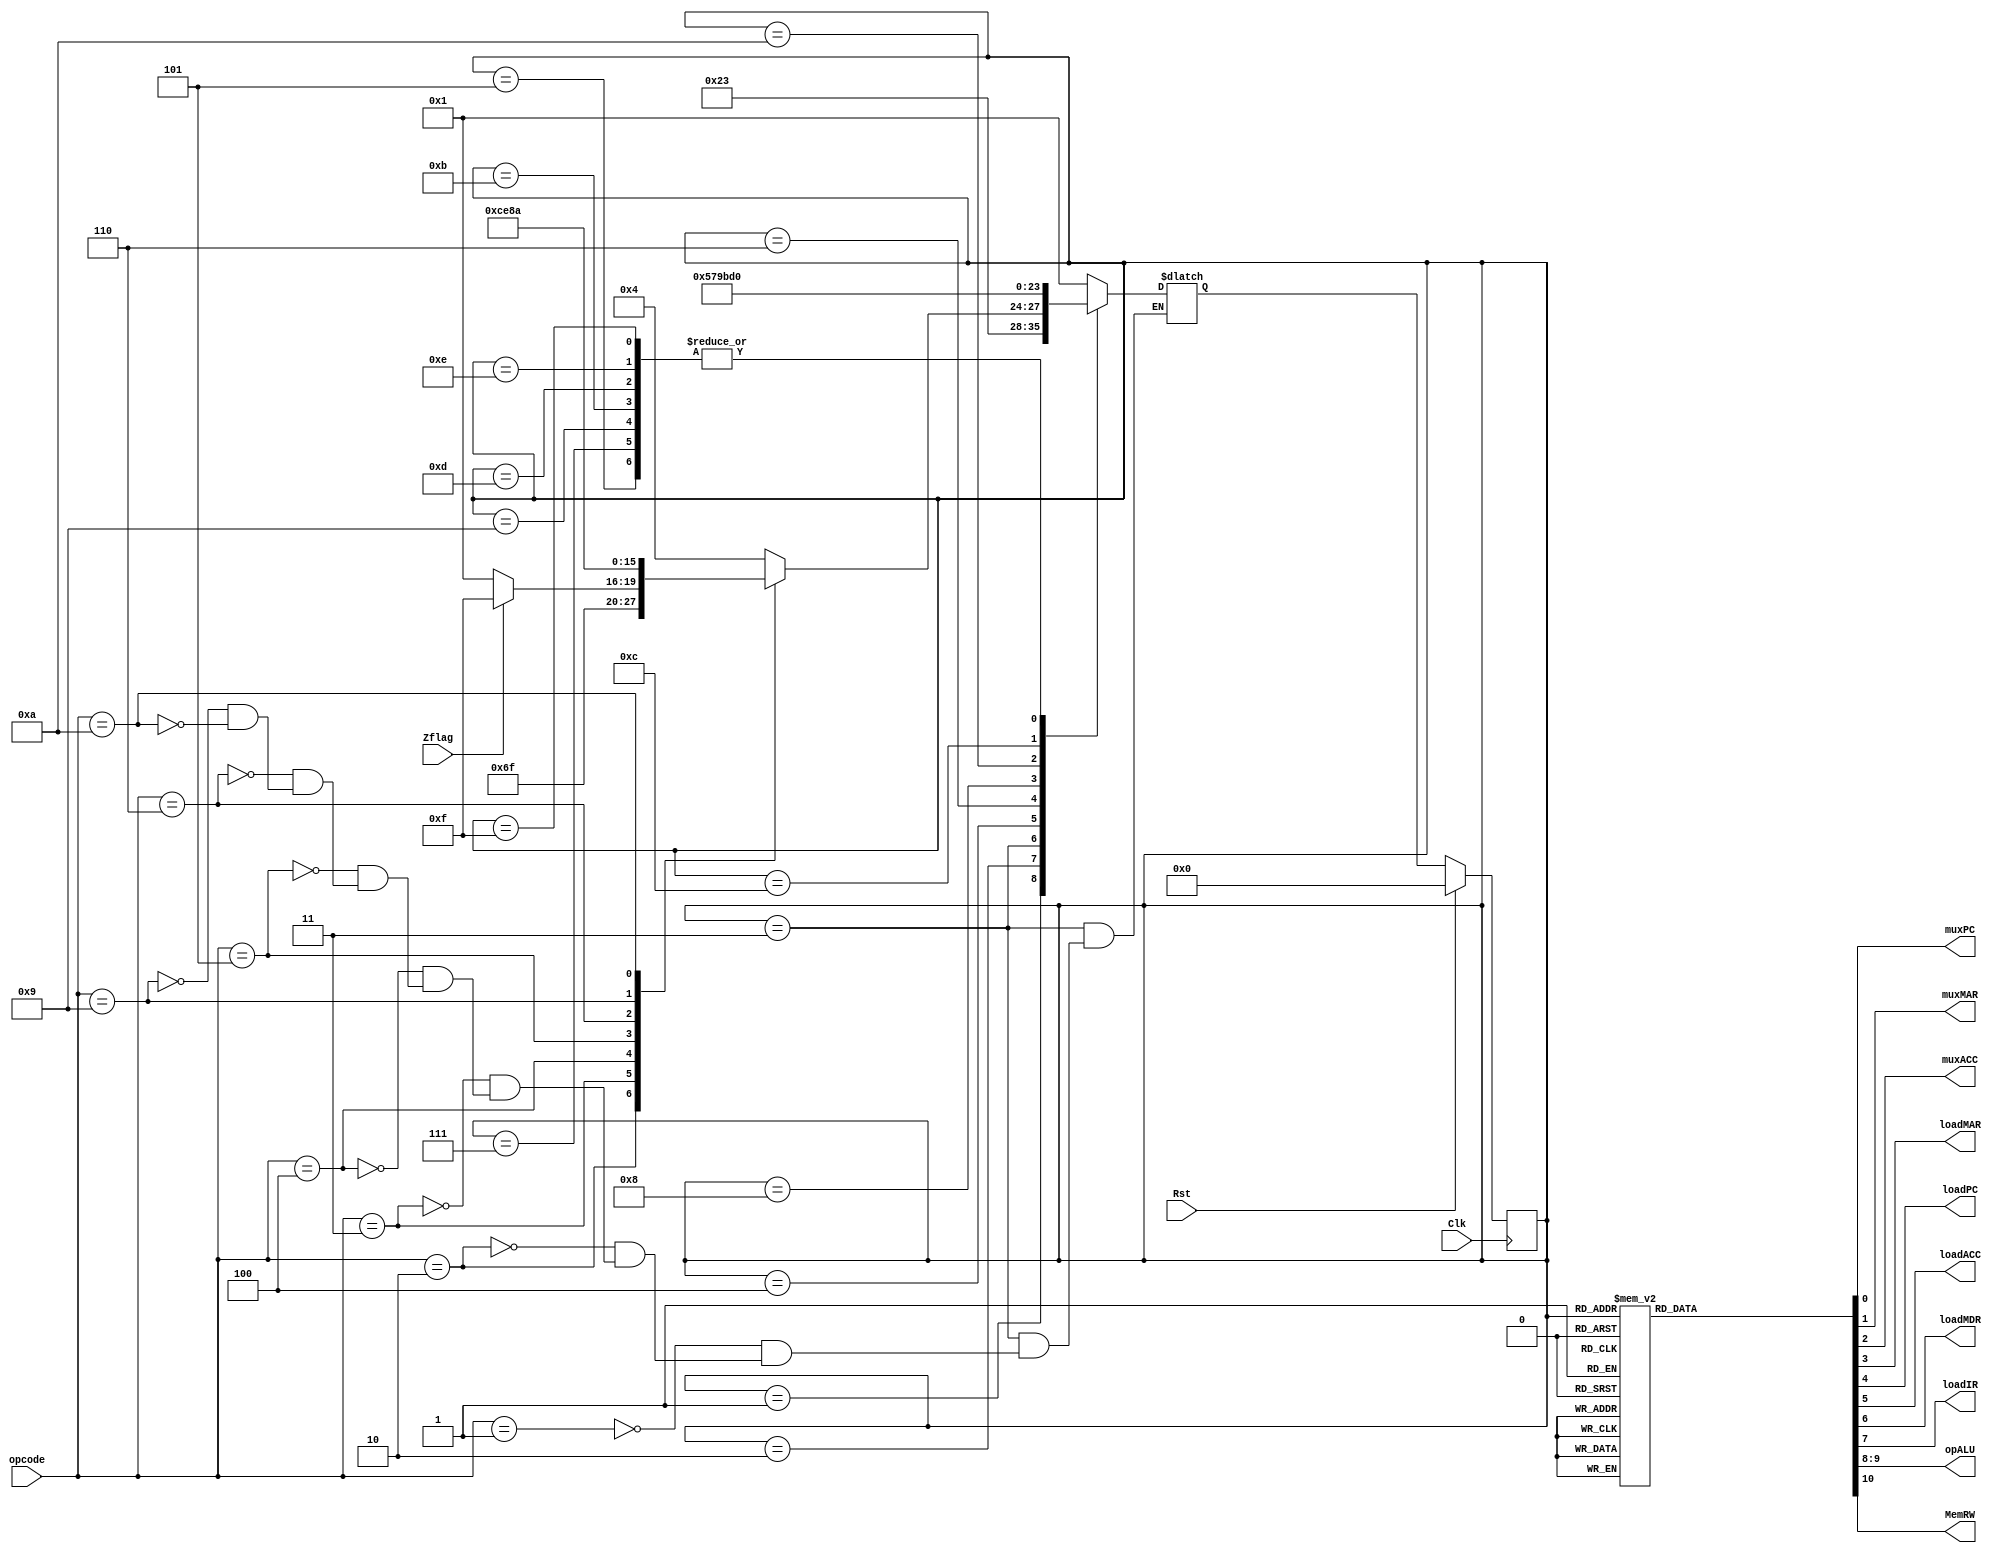
module ctr(Clk, Rst, Zflag, opcode, muxPC, muxMAR, muxACC, loadMAR, loadPC, loadACC, loadMDR, loadIR, opALU, MemRW);

input Clk;
input Rst;
input Zflag;
input [7:0]opcode;

output reg muxPC;
output reg muxMAR;
output reg muxACC;
output reg loadMAR;
output reg loadPC;
output reg loadACC;
output reg loadMDR;
output reg loadIR;
output reg [1:0]opALU;
output reg MemRW;


reg [3:0] cur_state;
reg [3:0] next_state;

parameter op_add=8'b001;
parameter op_or= 8'b010;
parameter op_jump=8'b011;
parameter op_jumpz=8'b100;
parameter op_load=8'b101;
parameter op_store=8'b110;
parameter op_mull=8'b1001;
parameter op_neg=8'b1010;


always @(posedge Clk)
begin
	if(Rst)
		begin
		cur_state = 4'b0000;
		end
	else
		begin
		cur_state = next_state;
		end
end





always@(*) //change if errors persist
begin
	case(cur_state)
	4'b0000:			//Fetch 1
		next_state = 4'b0001;
	4'b0001:			//Fetch 2
		next_state = 4'b0010;
	4'b0010:			//Fetch 3
		next_state = 4'b0011;
	4'b0011:			//Decode
		begin
		case(opcode)
		op_add:
			next_state = 4'b0100;
		op_or:
			next_state = 4'b0110;
		op_jump:
			next_state = 4'b1111;
		op_jumpz:
			begin
			if(Zflag)
				begin
				next_state = 4'b1111;
				end
			else
				begin
				next_state = 4'b0001;
				end
			end
		op_load:
			next_state = 4'b1100;
		op_store:
			next_state = 4'b1110;
		op_mull:
			next_state = 4'b1000;
		op_neg:
			next_state = 4'b1010;
		endcase
		end
		
	4'b0100:			//ExecADD 1
		next_state = 4'b0101;
	4'b0101:			//ExecADD 2
		next_state = 4'b0000;
	4'b0110:			//ExecOR 1
		next_state = 4'b0111;
	4'b0111:			//ExecOR 2
		next_state = 4'b0000;
	4'b1000:			//ExecMULL 1
		next_state = 4'b1001;
	4'b1001:			//ExecMULL 2
		next_state = 4'b0000;
	4'b1010:			//ExecNEG 1
		next_state = 4'b1011;
	4'b1011:			//ExecNEG 2
		next_state = 4'b0000;
	4'b1100:			//ExecLoad 1
		next_state = 4'b1101;
	4'b1101:			//ExecLoad 2
		next_state = 4'b0000;
	4'b1110:			//ExecStore
		next_state = 4'b0000;
	4'b1111:			//ExecJump
		next_state = 4'b0000;
	endcase
end


always@(cur_state)
begin

muxPC = 0; 
muxMAR = 0; 
muxACC = 0; 
loadMAR = 0; 
loadPC = 0; 
loadACC = 0; 
loadMDR = 0; 
loadIR = 0; 
opALU = 0; 
MemRW = 0; 

case(cur_state)
	4'b0000:		//Fetch 1
		begin
		muxPC = 0; 
		muxMAR = 0; 
		muxACC = 0; 
		loadMAR = 1; 
		loadPC = 1; 
		loadACC = 0; 
		loadMDR = 0; 
		loadIR = 0; 
		opALU = 0; 
		MemRW = 0; 
		end
	4'b0001:		//Fetch 2
		begin
		muxPC = 0; 
		muxMAR = 0; 
		muxACC = 0; 
		loadMAR = 0; 
		loadPC = 0; 
		loadACC = 0; 
		loadMDR = 1; 
		loadIR = 0; 
		opALU = 0; 
		MemRW = 0; 
		end
	4'b0010:		//Fetch 3
		begin
		muxPC = 0; 
		muxMAR = 0; 
		muxACC = 0; 
		loadMAR = 0; 
		loadPC = 0; 
		loadACC = 0; 
		loadMDR = 0; 
		loadIR = 1; 
		opALU = 0; 
		MemRW = 0; 
		end
	4'b0011:		//Decode
		begin
		muxPC = 0; 
		muxMAR = 1; 
		muxACC = 0; 
		loadMAR = 1; 
		loadPC = 0; 
		loadACC = 0; 
		loadMDR = 0; 
		loadIR = 0; 
		opALU = 0; 
		MemRW = 0; 
		end
	4'b0100:		//ExecADD 1
		begin
		muxPC = 0; 
		muxMAR = 0; 
		muxACC = 0; 
		loadMAR = 0; 
		loadPC = 0; 
		loadACC = 0; 
		loadMDR = 1; 
		loadIR = 0; 
		opALU = 0; 
		MemRW = 0; 
		end
	4'b0101:		//ExecADD 2
		begin
		muxPC = 0; 
		muxMAR = 0; 
		muxACC = 0; 
		loadMAR = 0; 
		loadPC = 0; 
		loadACC = 1; 
		loadMDR = 0; 
		loadIR = 0; 
		opALU = 1; 
		MemRW = 0; 
		end
	4'b0110:		//ExecOR 1
		begin
		muxPC = 0; 
		muxMAR = 0; 
		muxACC = 0; 
		loadMAR = 0; 
		loadPC = 0; 
		loadACC = 0; 
		loadMDR = 1; 
		loadIR = 0; 
		opALU = 0; 
		MemRW = 0; 
		end
	4'b0111:		//ExecOR 2
		begin
		muxPC = 0; 
		muxMAR = 0; 
		muxACC = 0; 
		loadMAR = 0; 
		loadPC = 0; 
		loadACC = 1; 
		loadMDR = 0; 
		loadIR = 0; 
		opALU = 0; 
		MemRW = 0; 
		end
	4'b1000:		//ExecMULL 1
		begin
		muxPC = 0; 
		muxMAR = 0; 
		muxACC = 0; 
		loadMAR = 0; 
		loadPC = 0; 
		loadACC = 0; 
		loadMDR = 1; 
		loadIR = 0; 
		opALU = 0; 
		MemRW = 0; 
		end
	4'b1001:		//ExecMULL 2
		begin
		muxPC = 0; 
		muxMAR = 0; 
		muxACC = 0; 
		loadMAR = 0; 
		loadPC = 0; 
		loadACC = 1; 
		loadMDR = 0; 
		loadIR = 0; 
		opALU = 2; 
		MemRW = 0; 
		end
	4'b1010:		//ExecNEG 1
		begin
		muxPC = 0; 
		muxMAR = 0; 
		muxACC = 0; 
		loadMAR = 0; 
		loadPC = 0; 
		loadACC = 0; 
		loadMDR = 1; 
		loadIR = 0; 
		opALU = 0; 
		MemRW = 0; 
		end
	4'b1011:		//ExecNEG 2
		begin
		muxPC = 0; 
		muxMAR = 0; 
		muxACC = 0; 
		loadMAR = 0; 
		loadPC = 0; 
		loadACC = 1; 
		loadMDR = 0; 
		loadIR = 0; 
		opALU = 3; 
		MemRW = 0; 
		end
	4'b1100:		//ExecLoad 1
		begin
		muxPC = 0; 
		muxMAR = 0; 
		muxACC = 0; 
		loadMAR = 0; 
		loadPC = 0; 
		loadACC = 0; 
		loadMDR = 1; 
		loadIR = 0; 
		opALU = 0; 
		MemRW = 0; 
		end
	4'b1101:		//ExecLoad 2
		begin
		muxPC = 0; 
		muxMAR = 0; 
		muxACC = 1; 
		loadMAR = 0; 
		loadPC = 0; 
		loadACC = 1; 
		loadMDR = 0; 
		loadIR = 0; 
		opALU = 0; 
		MemRW = 0; 
		end
	4'b1110:		//ExecStore
		begin
		muxPC = 0; 
		muxMAR = 0; 
		muxACC = 0; 
		loadMAR = 0; 
		loadPC = 0; 
		loadACC = 0; 
		loadMDR = 0; 
		loadIR = 0; 
		opALU = 0; 
		MemRW = 1; 
		end
	4'b1111:		//ExecJump
		begin
		muxPC = 1; 
		muxMAR = 0; 
		muxACC = 0; 
		loadMAR = 0; 
		loadPC = 1; 
		loadACC = 0; 
		loadMDR = 0; 
		loadIR = 0; 
		opALU = 0; 
		MemRW = 0; 
		end
	endcase
end
endmodule